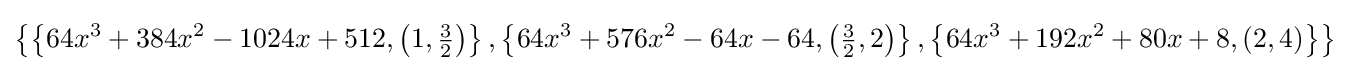
\left\{\left\{64x^{3}+384x^{2}-1024x+512,\left(1,{\tfrac {3}{2}}\right)\right\},\left\{64x^{3}+576x^{2}-64x-64,\left({\tfrac {3}{2}},2\right)\right\},\left\{64x^{3}+192x^{2}+80x+8,(2,4)\right\}\right\}